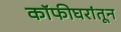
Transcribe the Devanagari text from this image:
कॉफीघरांतून